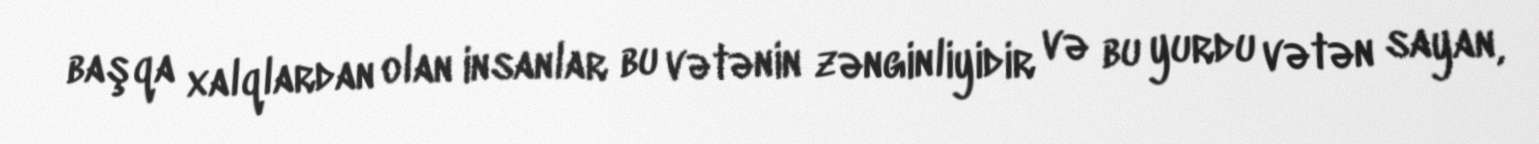
başqa xalqlardan olan insanlar bu vətənin zənginliyidir və bu yurdu vətən sayan,